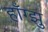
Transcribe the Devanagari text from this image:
हॉँग्झु